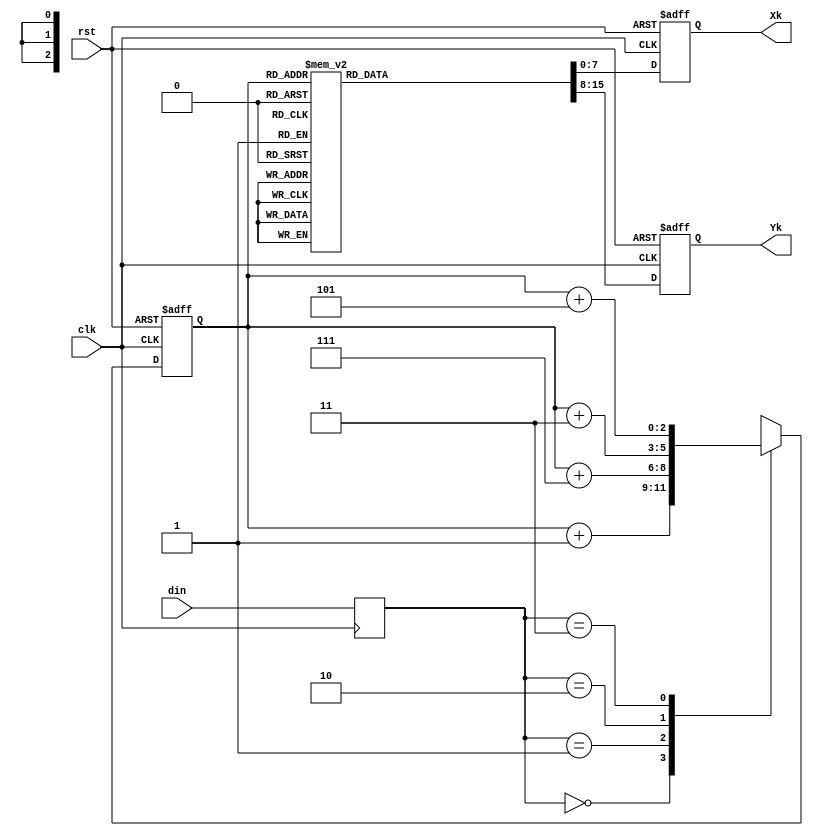
module PiQpskCode (
	rst,clk,din,
	Xk,Yk); 
	
	input		rst;   //复位信号，高电平有效
	input		clk;   //FPGA系统时钟
	input	 signed [1:0]	din;    
	output signed [7:0]	Xk;     
	output signed [7:0]	Yk;     
   
	//对输入数据首先进行寄存器输入
	reg [1:0] dint;
	always @(posedge clk)
	    dint <= din;
		 
	//根据当前输入数据，对存储器地址累加
	reg [2:0] addr;
   always @(posedge clk or posedge rst)   
	   if (rst)
			addr <= 3'd0;
	else
		case (dint)
			2'd0: addr <= addr + 3'd1;
			2'd1: addr <= addr + 3'd7;
			2'd2: addr <= addr + 3'd3;
			2'd3: addr <= addr + 3'd5;
			default : addr <= addr + 3'd1;
		endcase
		
    
    //设计正弦及余弦表
	 reg [7:0] cos,sine;
	 always @(posedge clk or posedge rst)
	    if (rst)
			begin
				cos <= 8'd0;
				sine<= 8'd0;
			end
		else
			case(addr)
				3'd0:
					begin
						cos <= 8'b01111111;
						sine <=8'b00000000;
					end
				3'd1:
					begin
						cos  <= 8'b01011010;
                  sine <= 8'b01011010;
					end			   
				3'd2:
					begin
						cos  <= 8'b00000000;
                  sine <= 8'b01111111;
					end	
				3'd3:
					begin
						cos  <= 8'b10100110;
                  sine <= 8'b01011010;
					end	
				3'd4:
					begin
						cos  <= 8'b10000001;
                  sine <= 8'b00000000;
					end	
				3'd5:
					begin
						cos  <= 8'b10100110;
                  sine <= 8'b10100110;
					end						
				3'd6:
					begin
						cos  <= 8'b00000000;
                  sine <= 8'b10000001;
					end						
				3'd7:
					begin
						cos  <= 8'b01011010;
                  sine <= 8'b10100110;
					end
				default:
					begin
						cos <= 8'b01111111;
						sine <=8'b00000000;
					end				   
			endcase
			
	assign Xk = cos;
	assign Yk = sine;
	
endmodule